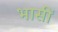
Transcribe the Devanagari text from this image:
भासीं